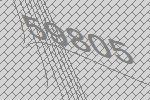
59805